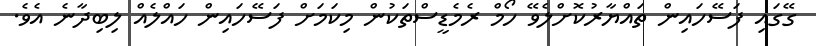
ގޭގައި ފަސޭހައިން ތައްޔާރުކޮށްލެވޭ ހޯމް ރެމެޑީސްތަކުން މިކަމަށް ފަސޭހައިން ހައްލެއް ލިބިދާނެ އެވެ.